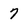
Character: 7